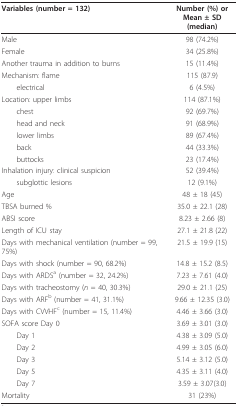
| Variables (number = 132) | Number (%) orMean ± SD (median) |
 | --- | --- |
 | Male | 98 (74.2%) |
 | Female | 34 (25.8%) |
 | Another trauma in addition to burns | 15 (11.4%) |
 | Mechanism: flame | 115 (87.9) |
 | electrical | 6 (4.5%) |
 | Location: upper limbs | 114 (87.1%) |
 | chest | 92 (69.7%) |
 | head and neck | 91 (68.9%) |
 | lower limbs | 89 (67.4%) |
 | back | 44 (33.3%) |
 | buttocks | 23 (17.4%) |
 | Inhalation injury: clinical suspicion | 52 (39.4%) |
 | subglottic lesions | 12 (9.1%) |
 | Age | 48 ± 18 (45) |
 | TBSA burned % | 35.0 ± 22.1 (28) |
 | ABSI score | 8.23 ± 2.66 (8) |
 | Length of ICU stay | 27.1 ± 21.8 (22) |
 | Days with mechanical ventilation (number = 99, 75%) | 21.5 ± 19.9 (15) |
 | Days with shock (number = 90, 68.2%) | 14.8 ± 15.2 (8.5) |
 | Days with ARDSa (number = 32, 24.2%) | 7.23 ± 7.61 (4.0) |
 | Days with tracheostomy (n = 40, 30.3%) | 29.0 ± 21.1 (25) |
 | Days with ARFb (number = 41, 31.1%) | 9.66 ± 12.35 (3.0) |
 | Days with CVVHFc (number = 15, 11.4%) | 4.46 ± 3.66 (3.0) |
 | SOFA score Day 0 | 3.69 ± 3.01 (3.0) |
 | Day 1 | 4.38 ± 3.09 (5.0) |
 | Day 2 | 4.99 ± 3.05 (6.0) |
 | Day 3 | 5.14 ± 3.12 (5.0) |
 | Day 5 | 4.35 ± 3.11 (4.0) |
 | Day 7 | 3.59 ± 3.07(3.0) |
 | Mortality | 31 (23%) |